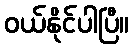
ဝယ်နိုင်ပါပြီ။